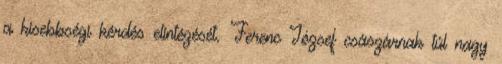
a kisebbségi kérdés elintézését. Ferenc József császárnak túl nagy